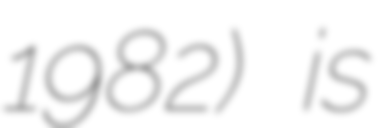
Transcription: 1982) is